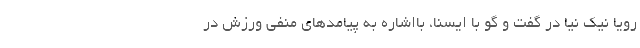
رویا نیک نیا در گفت و گو با ایسنا، بااشاره به پیامدهای منفی ورزش در